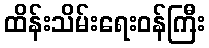
ထိန်းသိမ်းရေးဝန်ကြီး